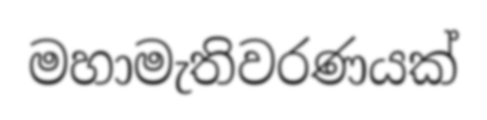
මහාමැතිවරණයක්